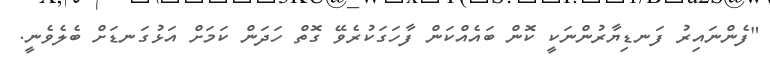
"ފެންނައިރު ފަނޑިޔާރުންނަކީ ކޮން ބައެއްކަން ފާހަގަކުރެވޭ ގޮތް ހަދަން ކަމަށް އަޅުގަނޑަށް ބެލެވެނީ.